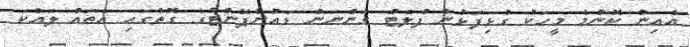
އެއިން ކޮންމެ މީހަކު ގުޅިފަޅުން ފްލެޓް ގަންނަން ޑައުންޕޭންޓުގެ ގޮތުގައި އެތައް ލައްކަ